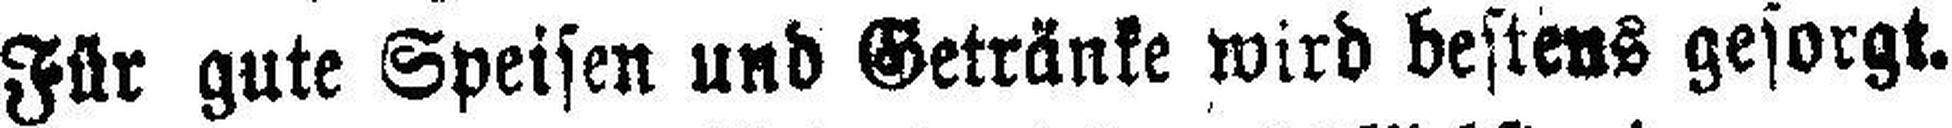
Für gute Speisen und Getränke wird bestens gesorgt.